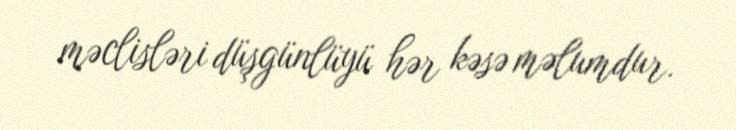
məclisləri düşgünlüyü hər kəsə məlumdur.